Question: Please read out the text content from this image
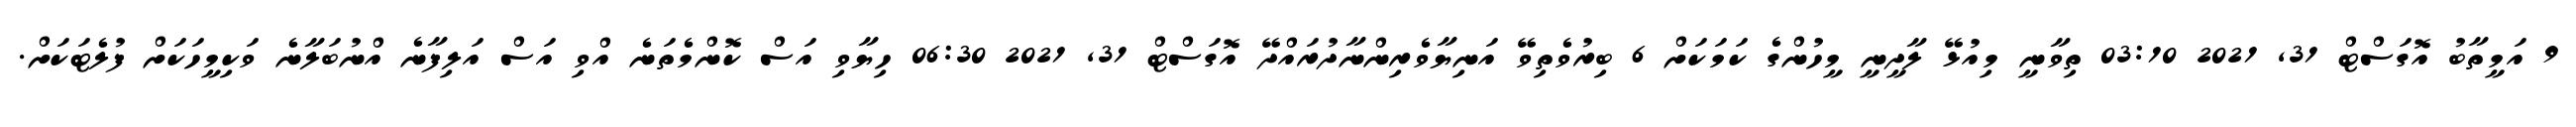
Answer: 9 އަމީތާބު އޮގަސްޓް 31, 2021 03:10 ތިވާނީ މިއުޅޭ ލާދީނީ މީހުންގެ ކަމަކަށް 6 ބިރުވެތިވޭ އަނިޔާވެރިންނާދުރައްދޭ އޮގަސްޓް 31, 2021 06:30 ހިޔާވި އަސް ކޮންމެތަނެ އްވި އަސް އަލިފާނެ އްނުބަލާނެ ވަކިމީހަކަށް ފުލެޓަކަށް.